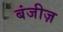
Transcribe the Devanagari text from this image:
बंजीज़